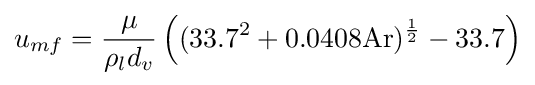
u_{mf}={\frac {\mu }{\rho _{l}d_{v}}}\left((33.7^{2}+0.0408{\text{Ar}})^{\frac {1}{2}}-33.7\right)